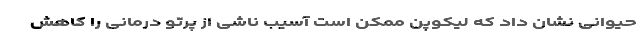
حیوانی نشان داد که لیکوپن ممکن است آسیب ناشی از پرتو درمانی را کاهش